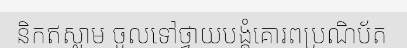
និកឥស្លាម ចូលទៅថ្វាយបង្គំគោរពប្រណិប័ត